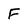
Character: F